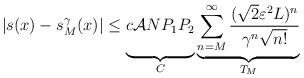
LaTeX: \begin{align*}\vert s(x) - s_M^{\gamma}(x) \vert &\leq \underbrace{ \vphantom{\sum_{n=1}^{\infty}} c \mathcal{A} N P_1P_2}_{C} \underbrace{\sum_{n=M}^{\infty} \frac{(\sqrt{2}\varepsilon^2 L)^{n}}{\gamma^n \sqrt{n!}}}_{T_{M}}\end{align*}